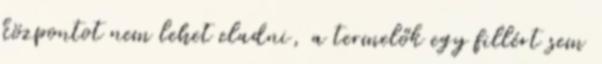
központot nem lehet eladni, a termelők egy fillért sem